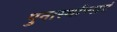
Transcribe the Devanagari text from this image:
पुनार्स्थाप्नाएं